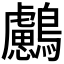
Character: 𪇸